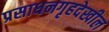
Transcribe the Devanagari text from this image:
प्रसाधनगृहदेखील